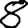
Digit: 8